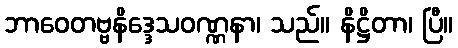
ဘာဝေတဗ္ဗနိဒ္ဒေသဝဏ္ဏနာ၊ သည်။ နိဋ္ဌိတာ၊ ပြီ။